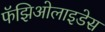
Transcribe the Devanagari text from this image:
फॅझिओलाइडेस